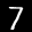
Label: 7